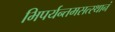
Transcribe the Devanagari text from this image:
भिपर्यन्तमसत्स्थानं